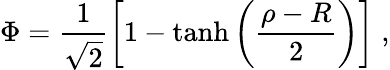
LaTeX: \Phi=\frac{1}{\sqrt{2}}\left[1-\operatorname{tanh}{\left(\frac{\rho-R}{2}\right)}\right]\; ,